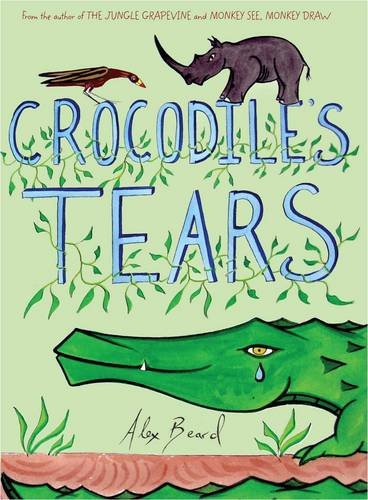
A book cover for Crocodile's Tears; Alex Beard; Children's Books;